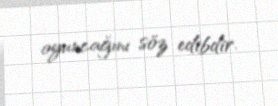
oyuncağını söz edibdir.